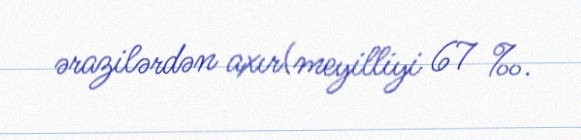
ərazilərdən axır(meyilliyi 67 ‰.